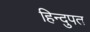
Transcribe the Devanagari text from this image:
हिन्दुपत